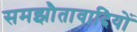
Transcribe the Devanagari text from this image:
समझौतावादियों